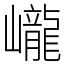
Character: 巄